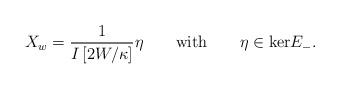
LaTeX: \begin{align*}X_w = \frac{1}{I\left[ 2W/\kappa\right]} \eta \qquad\mbox{with}\qquad\eta\in\mbox{ker}E_- .\end{align*}